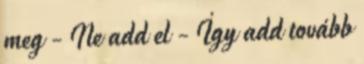
meg - Ne add el - Így add tovább